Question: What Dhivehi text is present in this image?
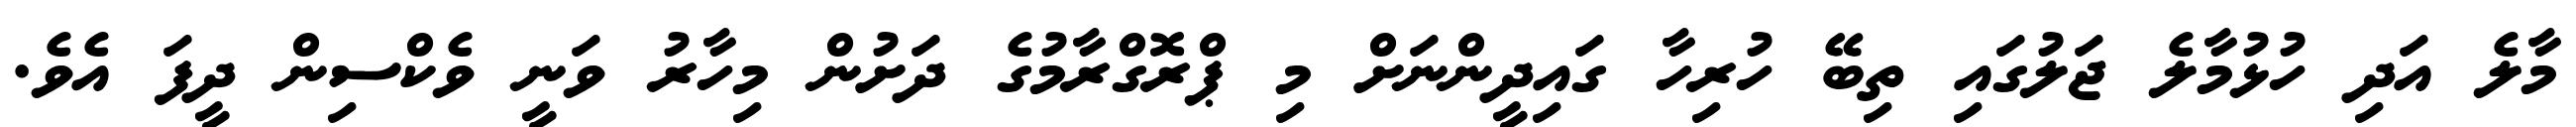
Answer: މާލެ އަދި ހުޅުމާލެ ޖަލުގައި ތިބޭ ހުރިހާ ގައިދީންނަށް މި ޕްރޮގްރާމުގެ ދަށުން މިހާރު ވަނީ ވެކްސިން ދީފަ އެވެ.